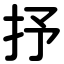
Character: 抒